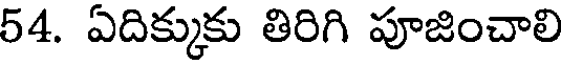
54. ఏదిక్కుకు తిరిగి పూజించాలి